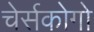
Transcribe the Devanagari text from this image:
चेर्सकोगो